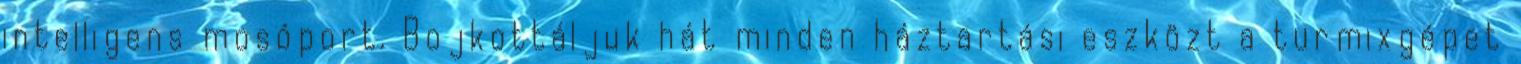
intelligens mosóport. Bojkottáljuk hát minden háztartási eszközt a turmixgépet